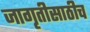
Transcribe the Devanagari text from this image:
जागृतीसाठीच